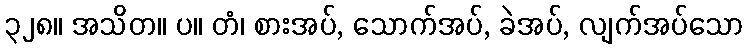
၃၂၈။ အသိတ။ ပ။ တံ၊ စားအပ်, သောက်အပ်, ခဲအပ်, လျက်အပ်သော